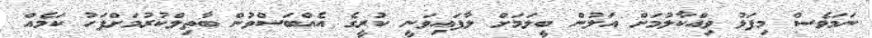
ނަމަވެސް މިފަޅު ވިއްކާލުމަށް އަލުން ބީލަމަށް ލާފައިވަނީ ކުރީގެ އެއްބަސްވުން ބާތިލްކުރުމަށްފަހު ކަމެެއް